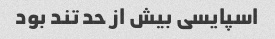
اسپایسی بیش از حد تند بود